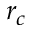
r _ { c }